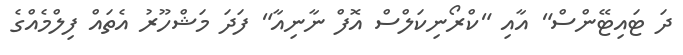
ދަ ޓައިޓޭންސް" އާއި "ކްރޯނިކަލްސް އޮފް ނާނިއާ" ފަދަ މަޝްހޫރު އެތައް ފިލްމެއްގެ